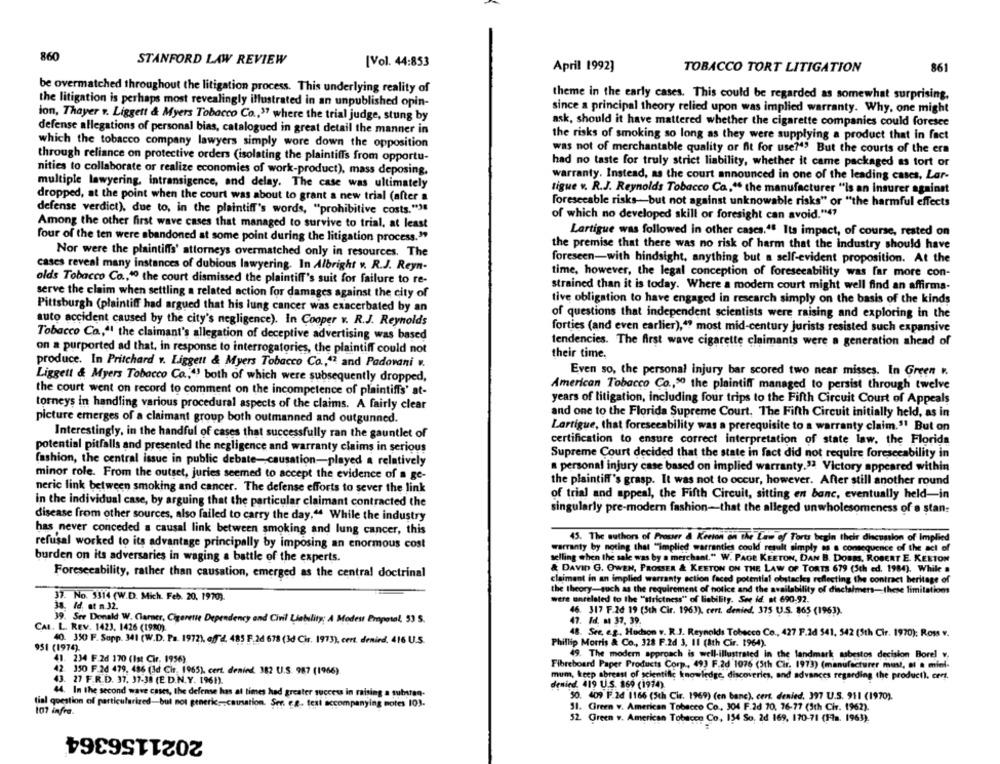
860
STANFORD LAW REVIEW
[Vol. 44:853
April 1992]
TOBACCO TORT LITIGATION
861
be overmatched throughout the litigation process. This underlying reality of
theme in the early cases. This could be regarded as somewhat surprising.
the litigation is perhaps most revealingly illustrated in an unpublished opin-
since a principal theory relied upon was implied warranty. Why, one might
ion, Thayer v. Liggett & Myers Tobacco Co ., " where the trial judge, stung by
ask, should it have mattered whether the cigarette companies could foresee
defense allegations of personal bias, catalogued in great detail the manner in
the risks of smoking so long as they were supplying a product that in fact
which the tobacco company lawyers simply wore down the opposition
was not of merchantable quality or fit for use?", But the courts of the era
through reliance on protective orders (isolating the plaintiffs from opportu-
had no taste for truly strict liability, whether it came packaged as tort or
nities to collaborate or realize economies of work-product), mass deposing.
warranty. Instead, as the court announced in one of the leading cases, Lar-
multiple lawyering, intransigence, and delay. The case was ultimately
tigue v. R.J. Reynolds Tobacco Ca." the manufacturer "is an insurer against
dropped, at the point when the court was about to grant a new trial (after a
foreseeable risks-but not against unknowable risks" or "the harmful effects
defense verdict), due to, in the plaintiff's words, "prohibitive costs."""
of which no developed skill or foresight can avoid."47
Among the other first wave cases that managed to survive to trial, at least
four of the ten were abandoned at some point during the litigation process."
Lartigue was followed in other cases.4ª Its impact, of course, rested on
Nor were the plaintiffs' attorneys overmatched only in resources. The
the premise that there was no risk of harm that the industry should have
foreseen-with hindsight, anything but a self-evident proposition. At the
cases reveal many instances of dubious lawyering. In Albright v. R.J. Reyn-
time, however, the legal conception of foreseeability was far more con-
olds Tobacco Co ., " the court dismissed the plaintiff's suit for failure to re-
strained than it is today. Where a modern court might well find an affirma-
serve the claim when settling a related action for damages against the city of
tive obligation to have engaged in research simply on the basis of the kinds
Pittsburgh (plaintiff had argued that his lung cancer was exacerbated by an
of questions that independent scientists were raising and exploring in the
auto accident caused by the city's negligence). In Cooper v. R.J. Reynolds
forties (and even earlier),"? most mid-century jurists resisted such expansive
Tobacco Co ., " the claimant's allegation of deceptive advertising was based
tendencies. The first wave cigarette claimants were a generation ahead of
on a purported ad that, in response to interrogatories, the plaintiff could not
their time.
produce. In Pritchard v. Liggett & Myers Tobacco Co ., 12 and Padovani w.
Even so, the personal injury bar scored two near misses. In Green ".
Liggett & Myers Tobacco Co ., "! both of which were subsequently dropped,
American Tobacco Co ., " the plaintiff managed to persist through twelve
the court went on record to comment on the incompetence of plaintiffs' at-
torneys in handling various procedural aspects of the claims. A fairly clear
years of litigation, including four trips to the Fifth Circuit Court of Appeals
and one to the Florida Supreme Court. The Fifth Circuit initially held, as in
picture emerges of a claimant group both outmanned and outgunned.
Lartigue, that foresccability was a prerequisite to a warranty claim." But on
Interestingly, in the handful of cases that successfully ran the gauntlet of
certification to ensure correct interpretation of state law. the Florida
potential pitfalls and presented the negligence and warranty claims in serious
Supreme Court decided that the state in fact did not require foreseeability in
fashion, the central issue in public debate-causation-played a relatively
personal injury case based on implied warranty.32 Victory appeared within
minor role. From the outset, juries seemed to accept the evidence of a ge-
the plaintiff's grasp. It was not to occur, however. After still another round
neric link between smoking and cancer. The defense efforts to sever the link
of trial and appeal, the Fifth Circuit, sitting en banc, eventually held-in
in the individual case, by arguing that the particular claimant contracted the
singularly pre-modern fashion-that the alleged unwholesomeness of a stan:
disease from other sources, also failed to carry the day," While the industry
has never conceded a causal link between smoking and lung cancer, this
45. The authors of Prouer å Kerton on the Law of Torts begin their discussion of Implied
refusal worked to its advantage principally by imposing an enormous cost
warranty by noting that "implied warranties could result simply as a consequence of the act of
burden on its adversaries in waging a battle of the experts.
selling when the sale was by a merchant." W. PAGE KEETON, DAN B. DOBR, ROBERT E. KEETON
& DAVID G. OWEN, PROSSER & KEETON ON THE LAW OF TORTS 679 (3th ed. 1984). While .
Foreseeability, rather than causation, emerged as the central doctrinal
claimant in an implied warranty action faced potential obstacles reflecting the contract heritage of
the theory-such as the requirement of notice and the availability of disclaimers-these limitations
37. No. 3314 (W.D. Mich. Feb. 20, 1970).
were unrelated to the ""strictness" of liability. Ser id, at 690,92.
38. Id. at n.32.
46. 317 F.2d 19 (5th Cir. 1963), cert, denied, 375 U.S. 865 (1963).
39. See Donald W. Clarner, Cigarette Dependency and Civil Liability; A Modest Propotel, 53 S.
CAL. L. REV. 1423. 1426 (1980).
47. Id. a 37. 39.
48. See, e.g ., Hudson v. R.J. Reynolds Tobacco Co ., 427 F.2d 541, 542 (5th Cir. 1970); Ross v.
40. 350) F. Sopp. 341 (W.D. Pa. 1972). off"2. 485 F.2d 678 (3d Cir. 1973), cent. denied. 416 U.S.
Phillip Morris & Co ., 328 F.2d 3, 11 (Ath Cir. 1964).
951 (1974).
49. The modern approach is well-illustrated in the landmark asbestos decision Borel v.
41. 234 F.2d 170 (Ist Cir, 1956)
Fibreboard Paper Products Corp ., 493 F.2d 1076 (5th Cir. 1973) (manufacturer must, at a mini-
42. 150 F.2d 479. 486 (3d Cir. 1965), cert. denind. 382 U.S. 987 (1966)
43. 27 F.R.D. 37. 37-38 (E D.N.Y. 1961).
mum, keep abreast of scientific knowledge, discoveries, and advances regarding the product). cert.
denied. 419 U.S. 169 (1974).
44. In the second wave cases, the defense has at times had greater success in raising a substan-
50. 409 FF.24 1166 (5th Cir. 1969) (en banc), cent. denied, 397 U.S. 911 (1970).
tial question of particularized-but not generic --: causation. Ser. e.g. text accompanying motes 103.
107 infra.
31. Green v. American Tobacco Co ., 304 F.2d 70, 76-77 (3th Cir. 1962).
52. Green v. American Tobacen Co, 154 So. 2d 169, 170-71 (17a. 1963).
2021156364